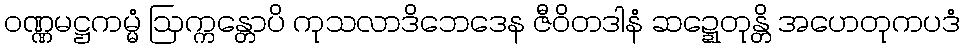
ဝဏ္ဏမဋ္ဌကမ္မံ ဩက္ကန္တောပိ ကုသလာဒိဘေဒေန ဇီဝိတဒါနံ ဆဍ္ဍေတုန္တိ အဟေတုကပဒံ